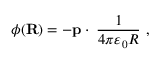
\phi ( \mathbf { R } ) = - \mathbf { p } \cdot \mathbf { \nabla } { \frac { 1 } { 4 \pi \varepsilon _ { 0 } R } } \ ,